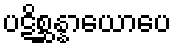
ပဋိစ္ဆန္နာယောပေ